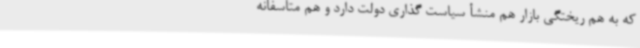
که به هم ریختگی بازار هم منشأ سیاست گذاری دولت دارد و هم متاسفانه